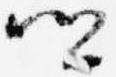
卿